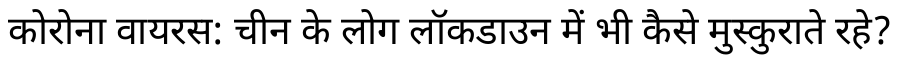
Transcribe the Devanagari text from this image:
कोरोना वायरस: चीन के लोग लॉकडाउन में भी कैसे मुस्कुराते रहे?